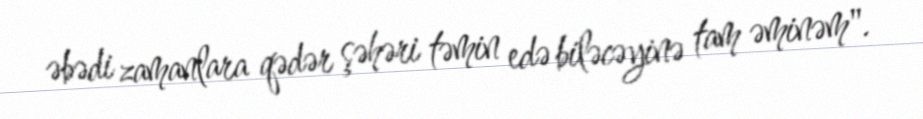
əbədi zamanlara qədər şəhəri təmin edə biləcəyinə tam əminəm".